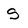
Character: S